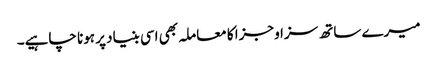
میرے ساتھ سزا و جزا کا معاملہ بھی اسی بنیاد پر ہونا چاہیے۔